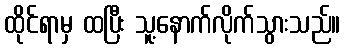
ထိုင်ရာမှ ထပြီး သူ့နောက်လိုက်သွားသည်။